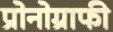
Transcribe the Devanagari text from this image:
प्रोनोग्राफी